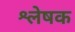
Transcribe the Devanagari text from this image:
श्लेषक